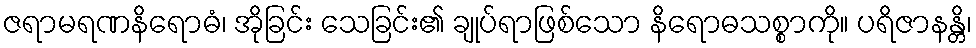
ဇရာမရဏနိရောဓံ၊ အိုခြင်း သေခြင်း၏ ချုပ်ရာဖြစ်သော နိရောဓသစ္စာကို။ ပရိဇာနန္တိ၊